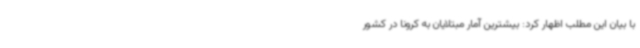
با بیان این مطلب اظهار کرد: بیشترین آمار مبتلایان به کرونا در کشور